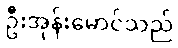
ဦးအုန်းမောင်သည်